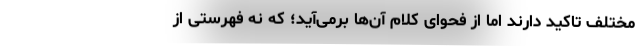
مختلف تاکید دارند اما از فحوای کلام آن‌ها برمی‌آید؛ که نه فهرستی از